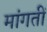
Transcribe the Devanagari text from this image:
मांगतीं